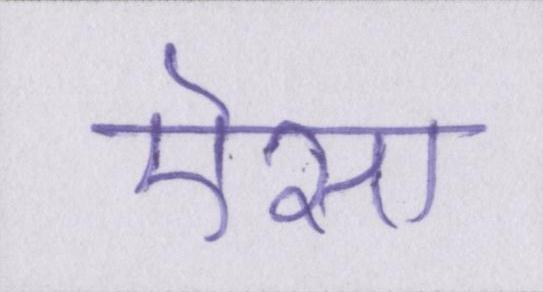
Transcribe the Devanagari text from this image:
ऎसा